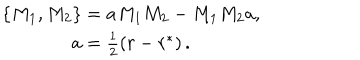
LaTeX: \begin{array} { c } { { \left\{ M _ { 1 } , M _ { 2 } \right\} = a M _ { 1 } M _ { 2 } - M _ { 1 } M _ { 2 } a , } } \\ { { a = \frac 1 2 \left( r - r ^ { * } \right) . } } \\ \end{array}